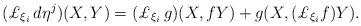
LaTeX: \begin{align*} (\pounds_{\xi_i}\,d\eta^j)(X,Y) = (\pounds_{\xi_i}\,g)(X, {f}Y) + g(X,(\pounds_{\xi_i}{f})Y).\end{align*}